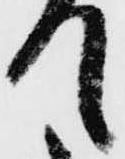
て